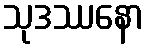
သုဒဿနော